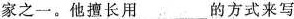
家之一。他擅长用___的方式来写